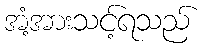
အံ့အားသင့်ရသည်